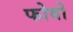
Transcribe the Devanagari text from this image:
फोवो